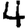
Digit: 4